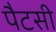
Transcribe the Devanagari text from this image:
पैटसी